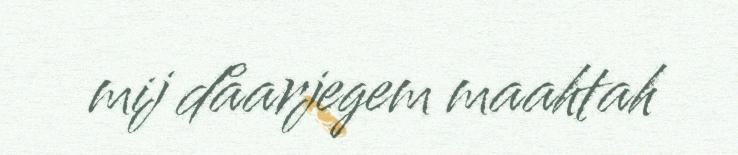
mij dåarjegem maahtah